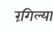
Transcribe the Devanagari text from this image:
रंगिल्या